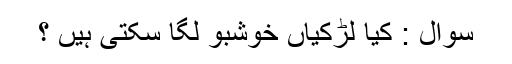
سُوال : کیا لڑکیاں خوشبو لگا سکتی ہیں ؟